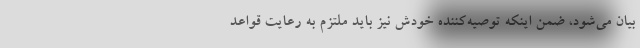
بیان می‌شود، ضمن اینکه توصیه‌کننده خودش نیز باید ملتزم به رعایت قواعد